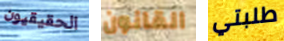
الحقيقيون القانون طلبتي